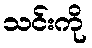
သင်းကို